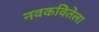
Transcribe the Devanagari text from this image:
नवकवितेला